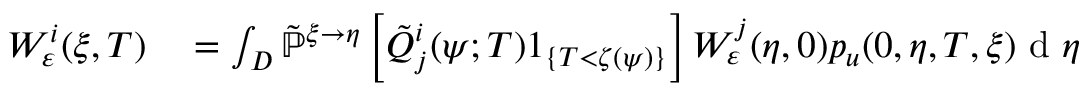
\begin{array} { r l } { W _ { \varepsilon } ^ { i } ( \xi , T ) } & { { } = \int _ { D } \mathbb { \tilde { P } } ^ { \xi \rightarrow \eta } \left[ \tilde { Q } _ { j } ^ { i } ( \psi ; T ) 1 _ { \{ T < \zeta ( \psi ) \} } \right] W _ { \varepsilon } ^ { j } ( \eta , 0 ) p _ { u } ( 0 , \eta , T , \xi ) \textrm { d } \eta } \end{array}